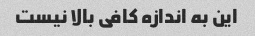
این به اندازه کافی بالا نیست